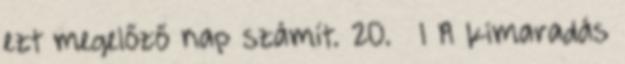
ezt megelőző nap számít. 20. § 1 A kimaradás